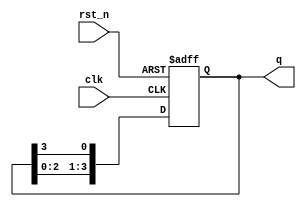
module ring_counter (
    input wire clk,         // Clock signal
    input wire rst_n,      // Asynchronous active-low reset signal
    output reg [N-1:0] q   // Output state of the counter
);
    parameter N = 4;       // Number of flip-flops (change as needed)

    // Initial state of the counter
    always @(posedge clk or negedge rst_n) begin
        if (!rst_n) begin
            q <= 1'b1; // Set the first flip-flop to '1', others to '0'
        end else begin
            q <= {q[N-2:0], q[N-1]}; // Shift the bits: D0 = Q[N-1], D1 = Q[0], etc.
        end
    end
endmodule